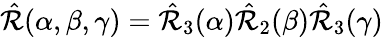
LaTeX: \begin{array}{r}{\hat{\mathcal{R}}(\alpha,\beta,\gamma)=\hat{\mathcal{R}}_{3}(\alpha)\hat{\mathcal{R}}_{2}(\beta)\hat{\mathcal{R}}_{3}(\gamma)}\end{array}